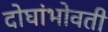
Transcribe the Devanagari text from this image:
दोघांभोवती